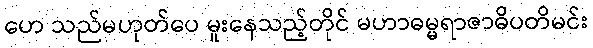
ဟေ သည်မဟုတ်ပေ မူးနေသည့်တိုင် မဟာဓမ္မရာဇာဓိပတိမင်း